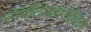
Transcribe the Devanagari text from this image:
टोराँटोखालोखाल